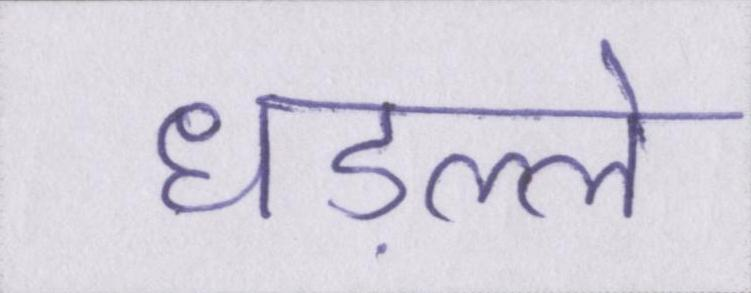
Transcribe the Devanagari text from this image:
धड़ल्ले